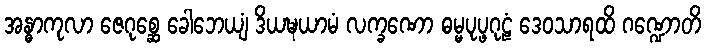
အန္ဓာကုလာ ဇေဂုစ္ဆေ ခေါဘေယျံ ဒိယဍ္ဎယာမံ လက္ခဏော ဓမ္မပုပ္ဖဂုဠံ ဒေဝသာရထိ ဂဏ္ဍောတိ